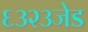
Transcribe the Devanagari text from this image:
६३२३जेड